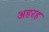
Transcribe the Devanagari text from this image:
अहरह